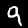
Label: 9